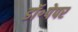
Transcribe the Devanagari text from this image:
डॉ॰पेपर